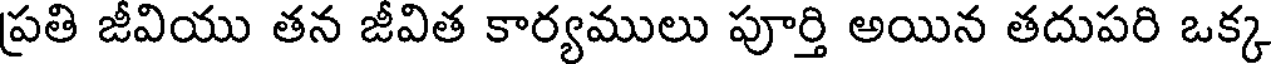
ప్రతి జీవియు తన జీవిత కార్యములు పూర్తి అయిన తదుపరి ఒక్క